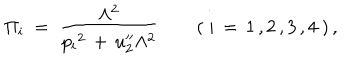
\Pi _ { i } \ = \ \frac { \Lambda ^ { 2 } } { p _ { i } { } ^ { 2 } \, + \, u _ { 2 } ^ { \prime \prime } \Lambda ^ { 2 } } \qquad ( \ i \, = \, 1 \, , 2 \, , 3 \, , 4 \ ) \, ,